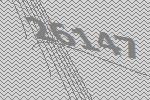
26147